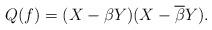
LaTeX: \begin{align*}Q(f) = (X-\beta Y)(X-\overline{\beta} Y).\end{align*}